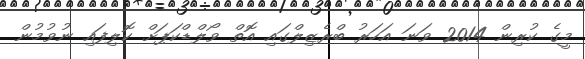
މީގެ ކުރިން 2014 ވަނަ އަހަރު ބްރެޒިލްގައި އޮތް ވޯލްޑްކަޕަށް ކޮލިފައި ނުވުމުން